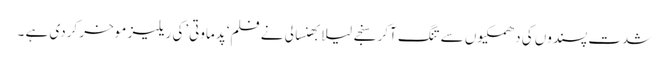
شدت پسندوں کی دھمکیوں سے تنگ آکر سنجے لیلا بھنسالی نے فلم‘پدماوتی’کی ریلیز موخر کردی ہے ۔